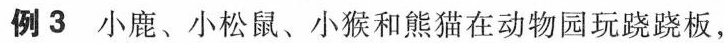
例3小鹿、小松鼠、小猴和熊猫在动物园玩跷跷板，